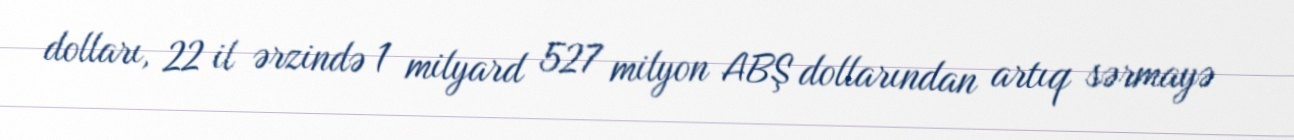
dolları, 22 il ərzində 1 milyard 527 milyon ABŞ dollarından artıq sərmayə